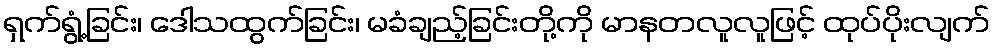
ရှက်ရွံ့ခြင်း၊ ဒေါသထွက်ခြင်း၊ မခံချည့်ခြင်းတို့ကို မာနတလူလူဖြင့် ထုပ်ပိုးလျက်